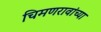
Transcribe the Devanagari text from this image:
चिमणरावांच्या